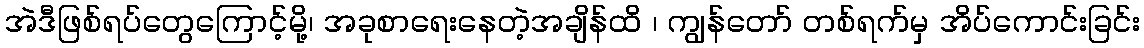
အဲဒီဖြစ်ရပ်တွေကြောင့်မို့၊ အခုစာရေးနေတဲ့အချိန်ထိ ၊ ကျွန်တော် တစ်ရက်မှ အိပ်ကောင်းခြင်း